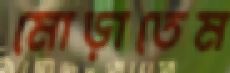
মোড়াতেম